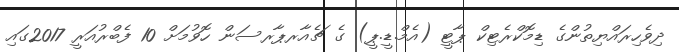
ދިވެހިރައްޔިތުންގެ ޑިމޮކްރެޓިކް ޕާޓީ (އެމް.ޑީ.ޕީ) ގެ ޗެއާރޕާރސަން ހޮވުމަށް 10 ފެބްރުއަރީ 2017ގައި